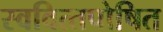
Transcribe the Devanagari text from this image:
स्‍ववित्‍तपोषित